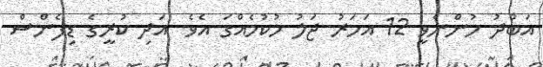
އަބްދު ހުންނެވީ 12 އަހަރު ޖަލު ހުކުމެއްގަ އެވެ. އަދި ކުރީގެ ޑިފެންސް